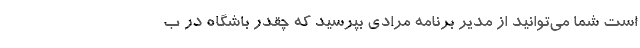
است شما می‌توانید از مدیر برنامه مرادی بپرسید که چقدر باشگاه در ب